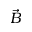
\vec { B }